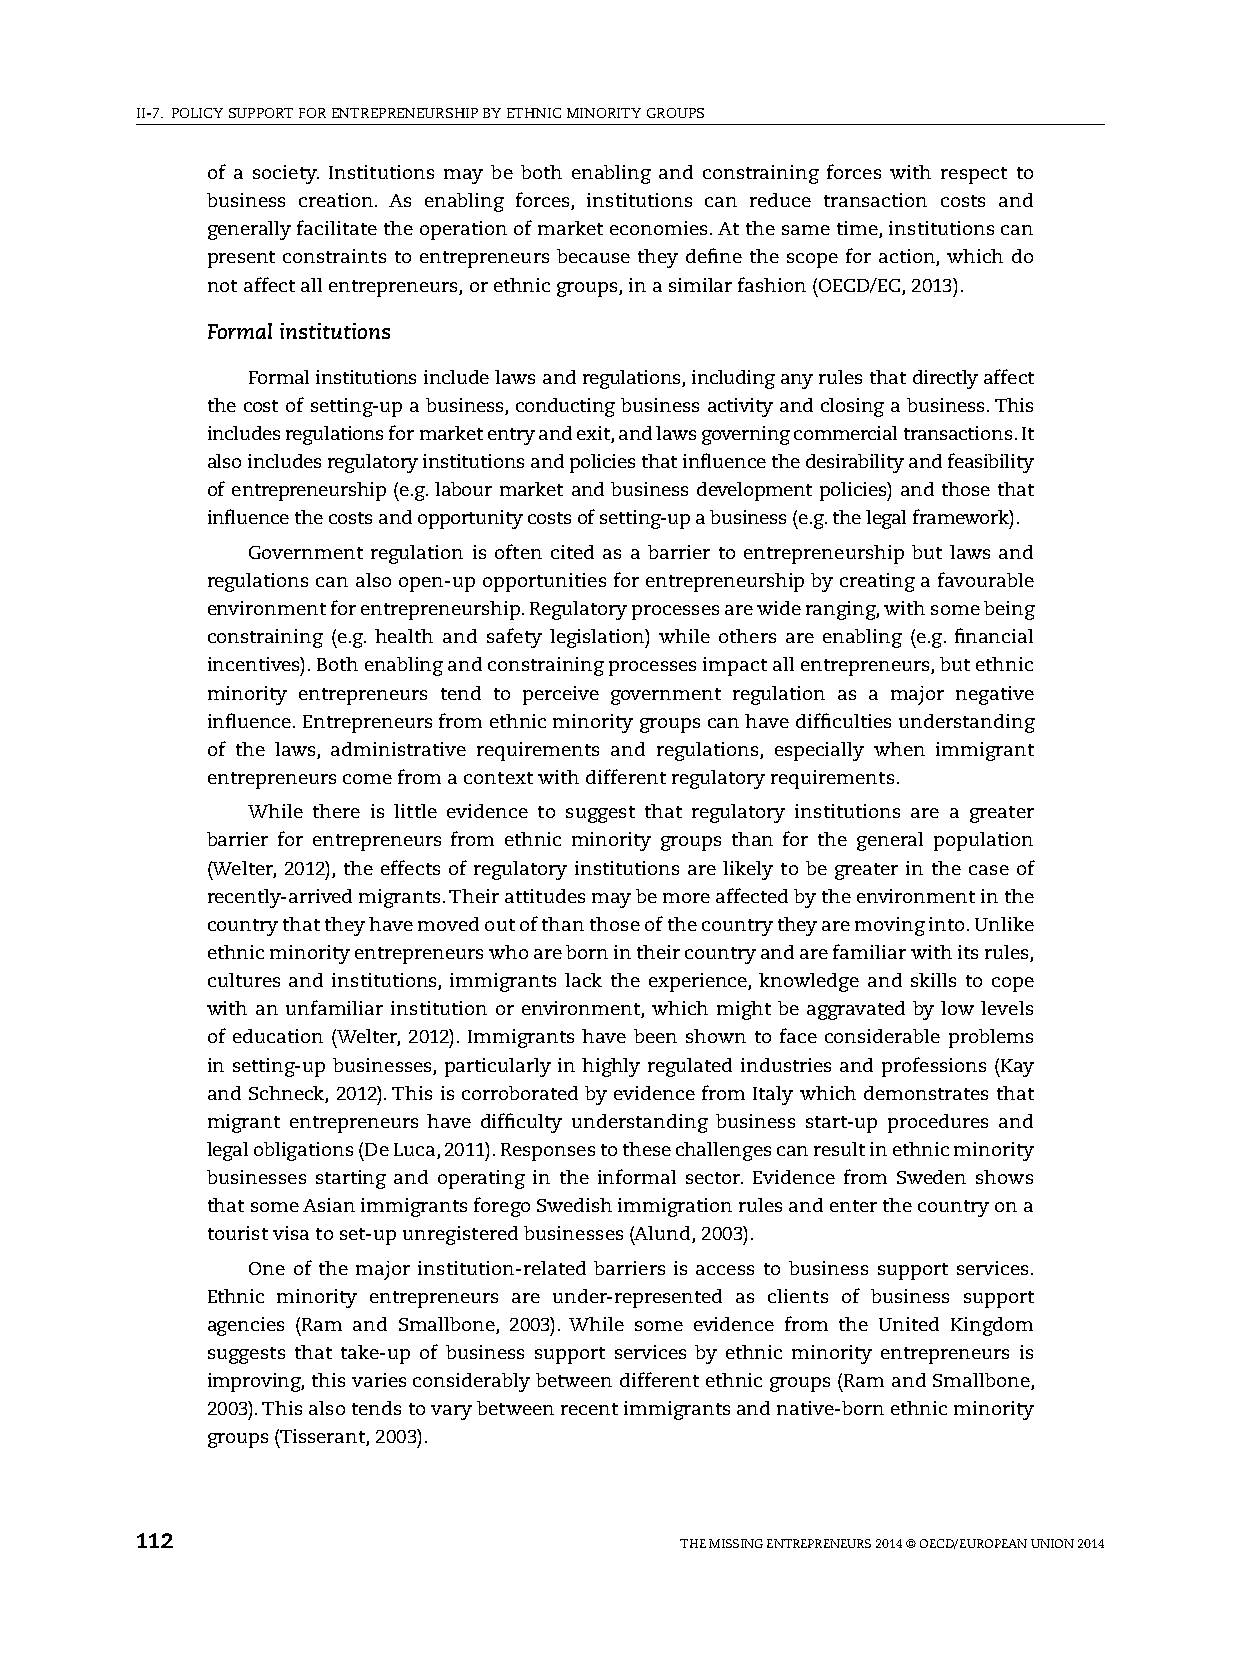
II-7. pOlICy sUppORT FOR ENTREpRENEURshIp By EThNIC MINORITy GROUps
 of a society. Institutions may be both enabling and constraining forces with respect to
 business creation. As enabling forces, institutions can reduce transaction costs and
 generally facilitate the operation of market economies. At the same time, institutions can
 present constraints to entrepreneurs because they define the scope for action, which do
 not affect all entrepreneurs, or ethnic groups, in a similar fashion (OECD/EC, 2013).
 Formal institutions
 Formal institutions include laws and regulations, including any rules that directly affect
 the cost of setting-up a business, conducting business activity and closing a business. This
 includes regulations for market entry and exit, and laws governing commercial transactions. It
 also includes regulatory institutions and policies that influence the desirability and feasibility
 of entrepreneurship (e.g. labour market and business development policies) and those that
 influence the costs and opportunity costs of setting-up a business (e.g. the legal framework).
 Government regulation is often cited as a barrier to entrepreneurship but laws and
 regulations can also open-up opportunities for entrepreneurship by creating a favourable
 environment for entrepreneurship. Regulatory processes are wide ranging, with some being
 constraining (e.g. health and safety legislation) while others are enabling (e.g. financial
 incentives). Both enabling and constraining processes impact all entrepreneurs, but ethnic
 minority entrepreneurs tend to perceive government regulation as a major negative
 influence. Entrepreneurs from ethnic minority groups can have difficulties understanding
 of the laws, administrative requirements and regulations, especially when immigrant
 entrepreneurs come from a context with different regulatory requirements.
 While there is little evidence to suggest that regulatory institutions are a greater
 barrier for entrepreneurs from ethnic minority groups than for the general population
 (Welter, 2012), the effects of regulatory institutions are likely to be greater in the case of
 recently-arrived migrants. Their attitudes may be more affected by the environment in the
 country that they have moved out of than those of the country they are moving into. Unlike
 ethnic minority entrepreneurs who are born in their country and are familiar with its rules,
 cultures and institutions, immigrants lack the experience, knowledge and skills to cope
 with an unfamiliar institution or environment, which might be aggravated by low levels
 of education (Welter, 2012). Immigrants have been shown to face considerable problems
 in setting-up businesses, particularly in highly regulated industries and professions (Kay
 and schneck, 2012). This is corroborated by evidence from Italy which demonstrates that
 migrant entrepreneurs have difficulty understanding business start-up procedures and
 legal obligations (De luca, 2011). Responses to these challenges can result in ethnic minority
 businesses starting and operating in the informal sector. Evidence from sweden shows
 that some Asian immigrants forego swedish immigration rules and enter the country on a
 tourist visa to set-up unregistered businesses (Alund, 2003).
 One of the major institution-related barriers is access to business support services.
 Ethnic minority entrepreneurs are under-represented as clients of business support
 agencies (Ram and smallbone, 2003). While some evidence from the United Kingdom
 suggests that take-up of business support services by ethnic minority entrepreneurs is
 improving, this varies considerably between different ethnic groups (Ram and smallbone,
 2003). This also tends to vary between recent immigrants and native-born ethnic minority
 groups (Tisserant, 2003).
 112                                 ThE MIssING ENTREpRENEURs 2014 © OECD/EUROpEAN UNION 2014